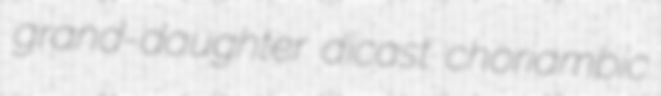
grand-daughter dicast choriambic